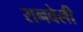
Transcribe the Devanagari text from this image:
रानवेली